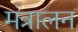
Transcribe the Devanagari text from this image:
मंत्रालन